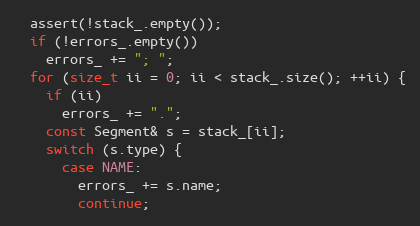
Language: C++
  assert(!stack_.empty());
  if (!errors_.empty())
    errors_ += "; ";
  for (size_t ii = 0; ii < stack_.size(); ++ii) {
    if (ii)
      errors_ += ".";
    const Segment& s = stack_[ii];
    switch (s.type) {
      case NAME:
        errors_ += s.name;
        continue;